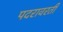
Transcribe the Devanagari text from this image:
पदरावरती